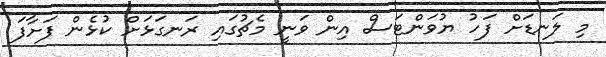
މި ލަނޑަށް ފަހު ޔުވަންޓަސް އިން ވަނީ މެޗުގައި ރަނގަޅަށް ކުޅެން ފަށާފަ